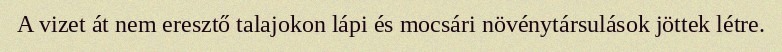
A vizet át nem eresztő talajokon lápi és mocsári növénytársulások jöttek létre.